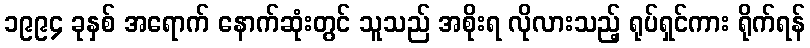
၁၉၉၄ ခုနှစ် အရောက် နောက်ဆုံးတွင် သူသည် အစိုးရ လိုလားသည့် ရုပ်ရှင်ကား ရိုက်ရန်